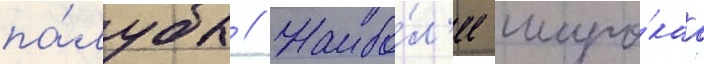
па́лубы // Наибо́л'ее широ́каа